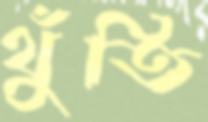
থুঁতি